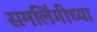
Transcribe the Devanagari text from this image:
समलिंगीच्या